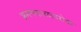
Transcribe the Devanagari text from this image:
भ्रमणकाळाबरोबर